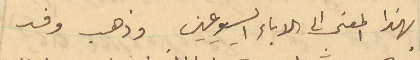
بهذا المعنى الى الاباء اليسوعيين وذهب وفد